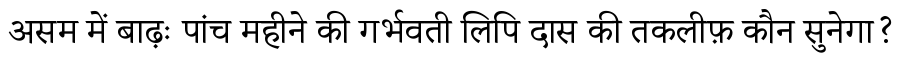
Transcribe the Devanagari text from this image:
असम में बाढ़ः पांच महीने की गर्भवती लिपि दास की तकलीफ़ कौन सुनेगा?